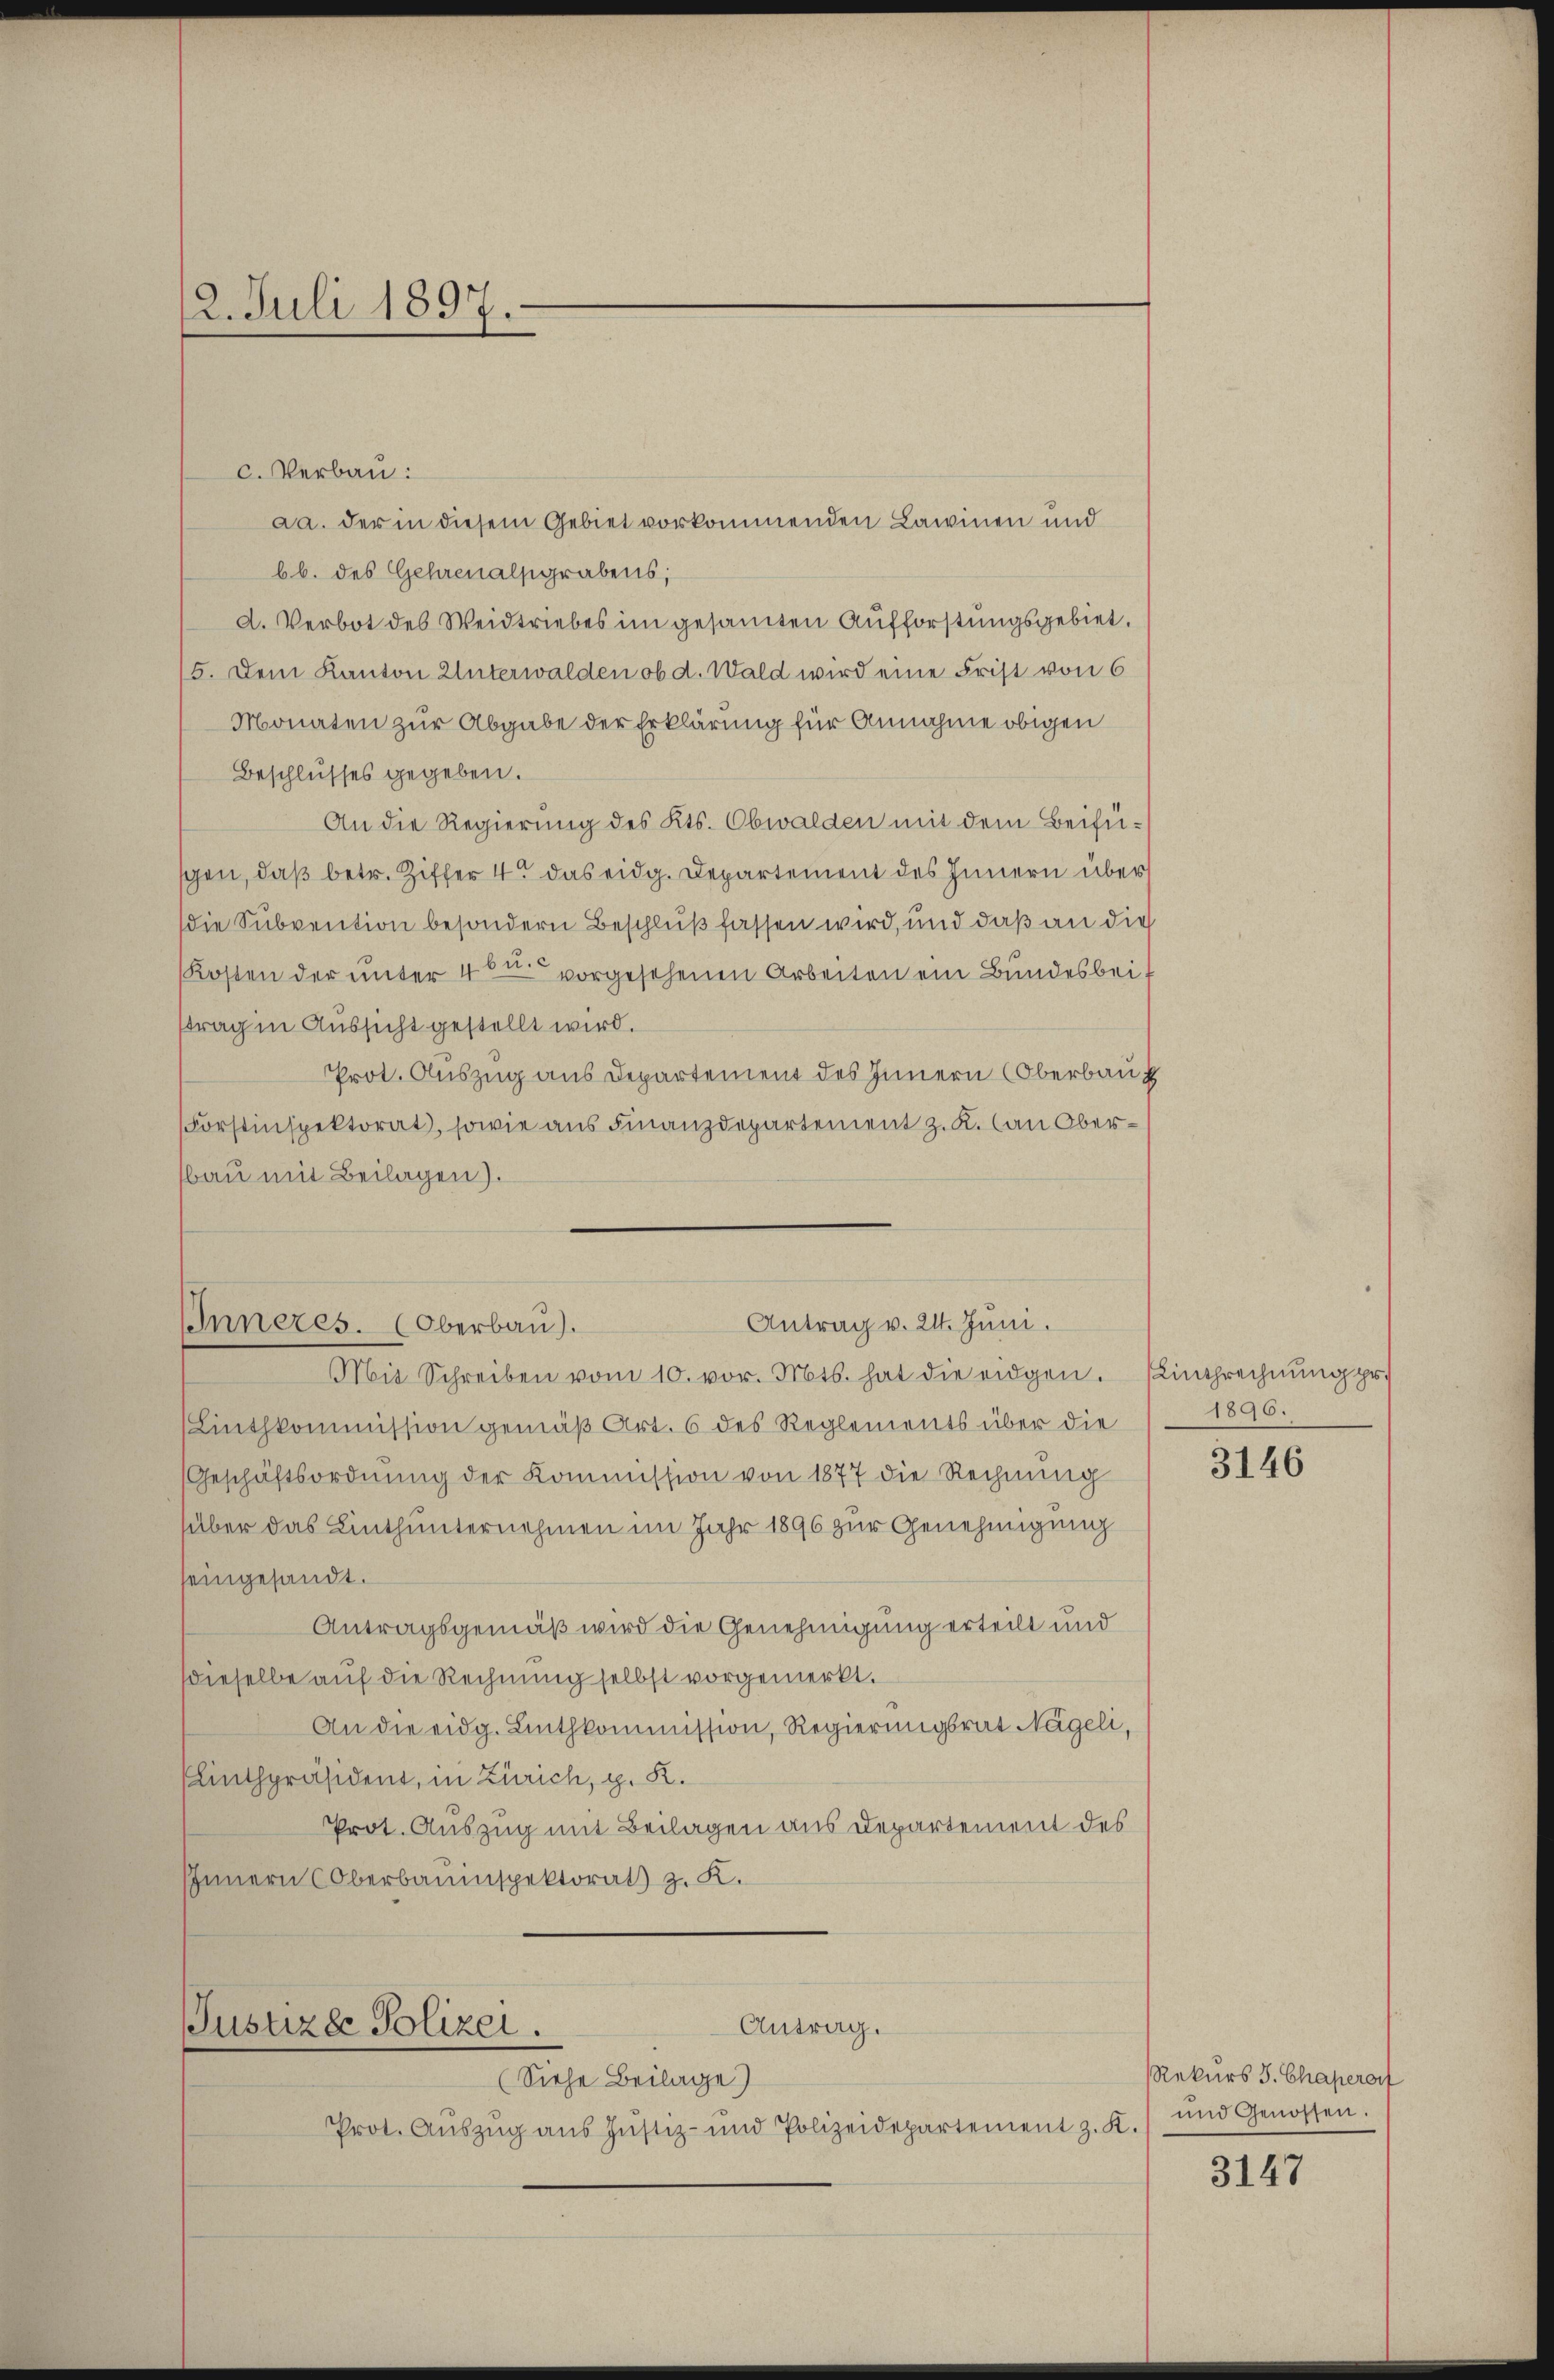
c. Verbau:
aa. der in diesem Gebiet vorkommenden Lawinen und
bb. des Gehrenalsgrabens;
d. Verbot des Weidtriebes im gesamten Aufforstungsgebiet.
5. Dem Kanton Unterwalden ob d. Wald wird eine Frist von 6
Monaten zur Abgabe der Erklärung für Annahme obigen
Beschlusses gegeben.
An die Regierung des Kts. Obwalden mit dem Beifüschen, daß betr. Ziffer 4 das eidg. Departement des Innern über
die Subvention besondern Beschluß fassen wird, und daß an die
Kosten der ŭnter 40 u. vorgesehenen Arbeiten ein Bundesbeit
strag in Aussicht gestellt wird.
Prot. Auszug aus Departement des Innern (Oberbau
Forstinspektorat, sowie aus Finanzdepartement z. K. Can Oberbau mit Beilagen).

12. Juli 1897.

Antrag v. 24. Juni.
IInneres. (Oberbau).

Mit Schreiben vom 10. vor. Mts. hat die eidgen. Eintrechnŭng pr.
Linthkommission gemäß Art. 6 des Reglements über die
Geschäftsordnŭng der Kommission von 1877 die Rechnŭng
über das Linthunternehmen im Jahr 1896 zur Genehmigung
seingesandt.
Antragsgemäß wird die Genehmigung erteilt und
dieselbe auf die Rechnung selbst vorgemerkt.
An die eidg. Linthkommission, Regierungsrat Nageli,
Linthpräsident, in Zürich, g. K.
Prot. Auszug mit Beilagen aus Departement des
Innern Oberbauinspektorat z. K.

Antrag.
Justizde Polizei.
(Siehe Beilage)
Prot. Auszug aus Justiz- und Polizeidepartement z. K.

1896.

3146

Rekurs J. Chaperont
und Genossen.

3147